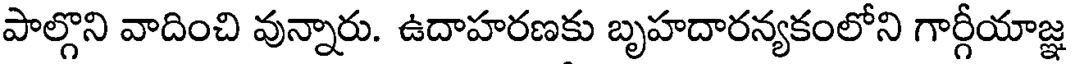
పాల్గొని వాదించి వున్నారు. ఉదాహరణకు బృహదారన్యకంలోని గార్గీయాజ్ఞ